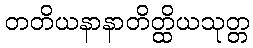
တတိယနာနာတိတ္ထိယသုတ္တ